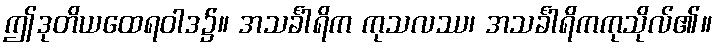
ဤဒုတိယထေရဝါဒ၌။ အသင်္ခါရိက ကုသလဿ၊ အသင်္ခါရိကကုသိုလ်၏။